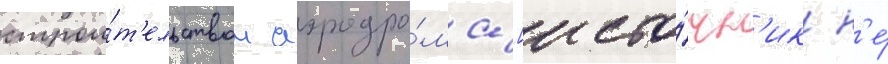
строи́т'ельством аэродро́ма [исто́чн'ик н'е́